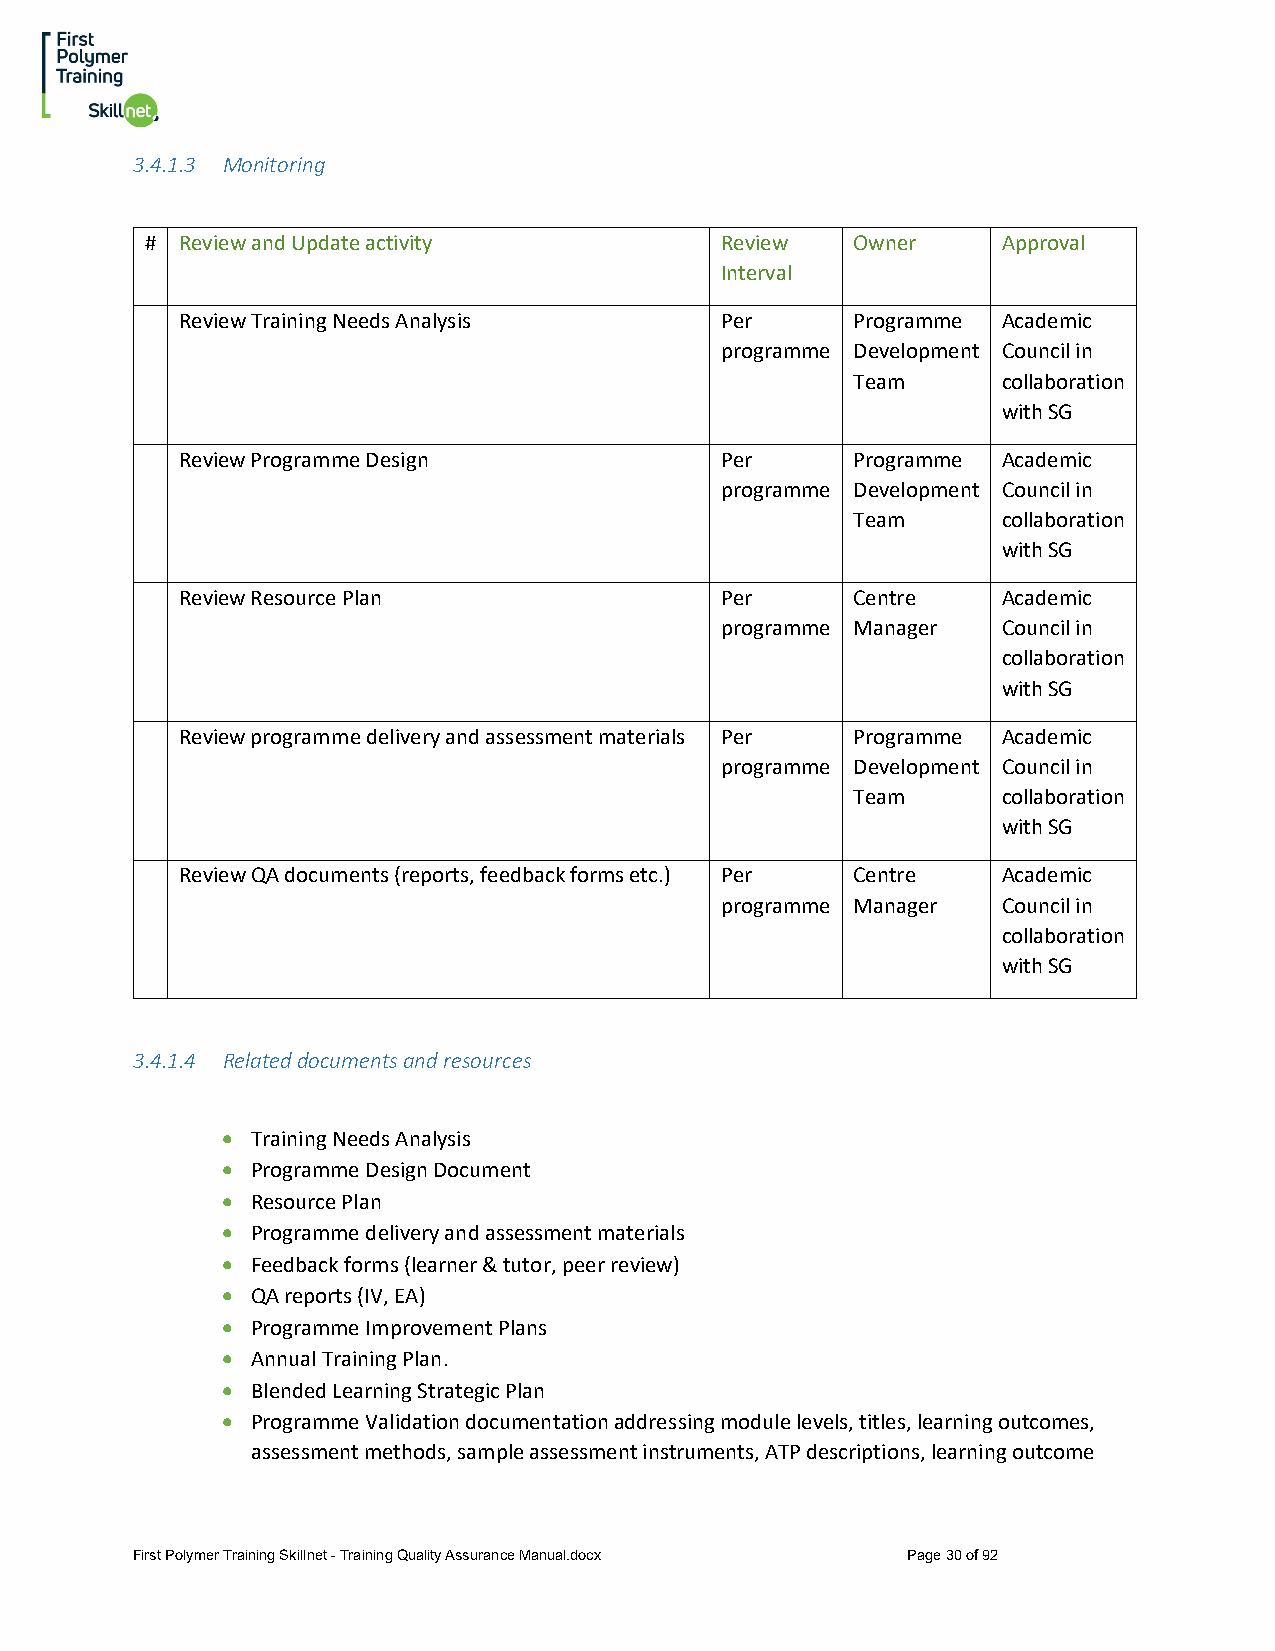
3.4.1.3 Monitoring
 # Review and Update activity          Review  Owner     Approval
 Interval
 Review Training Needs Analysis      Per     Programme Academic
 programme Development Council in
 Team      collaboration
 with SG
 Review Programme Design             Per     Programme Academic
 programme Development Council in
 Team      collaboration
 with SG
 Review Resource Plan                Per     Centre    Academic
 programme Manager Council in
 collaboration
 with SG
 Review programme delivery and assessment materials Per Programme Academic
 programme Development Council in
 Team      collaboration
 with SG
 Review QA documents (reports, feedback forms etc.) Per Centre Academic
 programme Manager Council in
 collaboration
 with SG
 3.4.1.4 Related documents and resources
 • Training Needs Analysis
 • Programme Design Document
 • Resource Plan
 • Programme delivery and assessment materials
 • Feedback forms (learner & tutor, peer review)
 • QA reports (IV, EA)
 • Programme Improvement Plans
 • Annual Training Plan.
 • Blended Learning Strategic Plan
 • Programme Validation documentation addressing module levels, titles, learning outcomes,
 assessment methods, sample assessment instruments, ATP descriptions, learning outcome
 First Polymer Training Skillnet - Training Quality Assurance Manual.docx Page 30 of 92